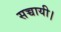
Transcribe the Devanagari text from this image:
सच्चायी।